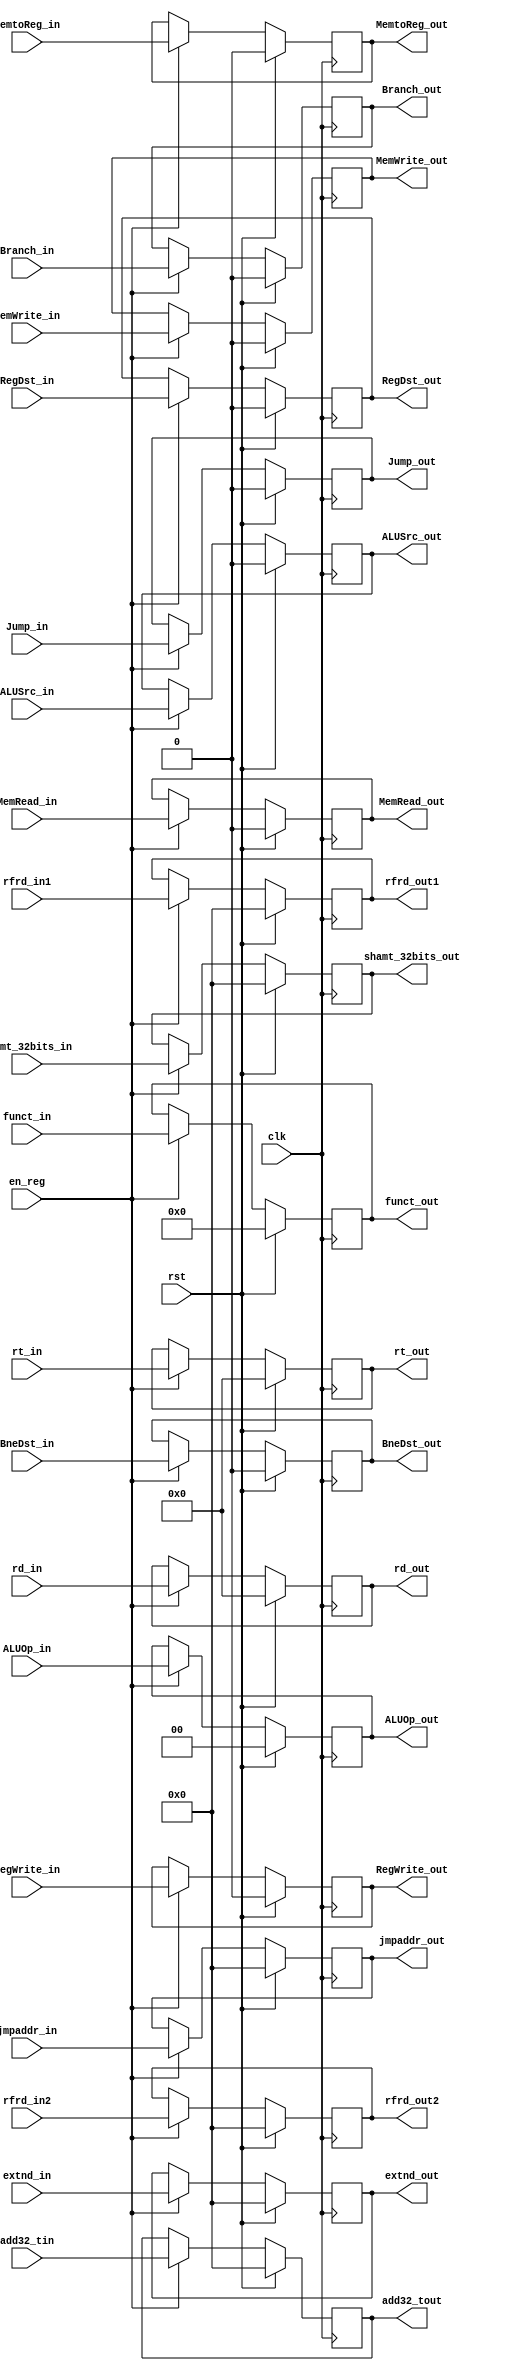
module id_ex (  clk, rst, en_reg, add32_tin, add32_tout, rfrd_out1, rfrd_out2, rfrd_in1, rfrd_in2, 
			    extnd_out, extnd_in, rt_in, rd_in, rt_out, rd_out,
				
				RegDst_in, ALUSrc_in, MemtoReg_in, RegWrite_in,
				MemRead_in, MemWrite_in, Branch_in, BneDst_in, ALUOp_in, funct_in,
				RegDst_out, ALUSrc_out, MemtoReg_out, RegWrite_out, MemRead_out, MemWrite_out,
				Branch_out, BneDst_out, ALUOp_out, funct_out, Jump_in, Jump_out, jmpaddr_in, jmpaddr_out, shamt_32bits_in, shamt_32bits_out );
    input clk, rst, en_reg ;
    input[31:0]	 add32_tin ;
    output[31:0]  add32_tout ;
    output[31:0] rfrd_out1, rfrd_out2, extnd_out;
    reg [31:0] rfrd_out1, rfrd_out2, add32_tout, extnd_out;
	input[1:0] ALUOp_in;
    input RegDst_in, ALUSrc_in, MemtoReg_in, RegWrite_in, MemRead_in, MemWrite_in, Branch_in, BneDst_in, Jump_in ;
	input [5:0]funct_in;
	output[1:0] ALUOp_out;
	output RegDst_out, ALUSrc_out, MemtoReg_out, RegWrite_out, MemRead_out, MemWrite_out, Branch_out, BneDst_out, Jump_out;
    input [31:0] rfrd_in1, rfrd_in2, extnd_in;
	input [4:0] rt_in, rd_in ;
	output[4:0] rt_out, rd_out ;
	output [5:0]funct_out;
	reg[4:0] rt_out, rd_out ;
	reg RegDst_out, ALUSrc_out, MemtoReg_out, RegWrite_out, MemRead_out, MemWrite_out, Branch_out, BneDst_out, Jump_out ;
	reg[1:0] ALUOp_out;
	reg[5:0]funct_out;
	
	input[31:0] jmpaddr_in ;
	output[31:0] jmpaddr_out ;
	reg[31:0] jmpaddr_out ;
	
	input[31:0] shamt_32bits_in ;
	output[31:0] shamt_32bits_out ;
	reg[31:0] shamt_32bits_out ;
    
	always @( posedge clk ) begin
        if ( rst )
			shamt_32bits_out <= 31'd0;
        else if ( en_reg )
			shamt_32bits_out <= shamt_32bits_in;
    end
	
    always @( posedge clk ) begin
        if ( rst )
			jmpaddr_out <= 31'd0;
        else if ( en_reg )
			jmpaddr_out <= jmpaddr_in;
    end
   
   always @( posedge clk ) begin
        if ( rst )
			rt_out <= 32'b0;
        else if ( en_reg )
			rt_out <= rt_in;
    end
	
	always @( posedge clk ) begin
        if ( rst )
			rd_out <= 32'b0;
        else if ( en_reg )
			rd_out <= rd_in;
    end
   
    always @( posedge clk ) begin
        if ( rst )
			rfrd_out1 <= 32'b0;
        else if ( en_reg )
			rfrd_out1 <= rfrd_in1;
    end
    always @( posedge clk ) begin
        if ( rst )
			rfrd_out2 <= 32'b0;
        else if ( en_reg )
			rfrd_out2 <= rfrd_in2;
    end
    always @( posedge clk ) begin
        if ( rst )
			add32_tout <= 32'b0;
	else if ( en_reg )
			add32_tout <= add32_tin;
    end
    always @( posedge clk ) begin
        if ( rst )
			extnd_out <= 32'b0;
	else if ( en_reg )
			extnd_out <= extnd_in;
    
	
    end	
    always @( posedge clk ) begin
        if ( rst )
		    RegDst_out <= 1'd0;
		else if ( en_reg )
			RegDst_out <= RegDst_in;
    end
	
	always @( posedge clk ) begin
        if ( rst )
		    ALUSrc_out <= 1'd0;
		else if ( en_reg )
			ALUSrc_out <= ALUSrc_in;
    end
	
	always @( posedge clk ) begin
        if ( rst )
		    MemtoReg_out <= 1'd0;
		else if ( en_reg )
			MemtoReg_out <= MemtoReg_in;
    end
	
	always @( posedge clk ) begin
        if ( rst )
		    RegWrite_out <= 1'd0;
		else if ( en_reg )
			RegWrite_out <= RegWrite_in;
    end
	
	always @( posedge clk ) begin
        if ( rst )
		    MemRead_out <= 1'd0;
		else if ( en_reg )
			MemRead_out <= MemRead_in;
    end
	
	always @( posedge clk ) begin
        if ( rst )
		    MemWrite_out <= 1'd0;
		else if ( en_reg )
			MemWrite_out <= MemWrite_in;
    end
	
	always @( posedge clk ) begin
        if ( rst )
		    Branch_out <= 1'd0;
		else if ( en_reg )
			Branch_out <= Branch_in;
    end 
	

	
	always @( posedge clk ) begin
        if ( rst )
		    BneDst_out <= 1'd0;
		else if ( en_reg )
			BneDst_out <= BneDst_in;
    end
	

	
	always @( posedge clk ) begin
        if ( rst )
		    ALUOp_out <= 2'd0;
		else if ( en_reg )
			ALUOp_out <= ALUOp_in;
    end
	
	always @( posedge clk ) begin
        if ( rst )
		    funct_out <= 5'd0;
		else if ( en_reg )
			funct_out <= funct_in;
    end
	
	always @( posedge clk ) begin
        if ( rst )
		    Jump_out <= 1'd0;
		else if ( en_reg )
			Jump_out <= Jump_in;
    end
endmodule